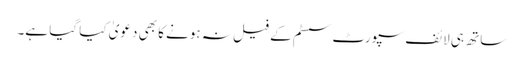
ساتھ ہی لائف سپورٹ سسٹم کے فیل نہ ہونے کا بھی دعویٰ کیا گیا ہے۔